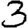
Digit: 3